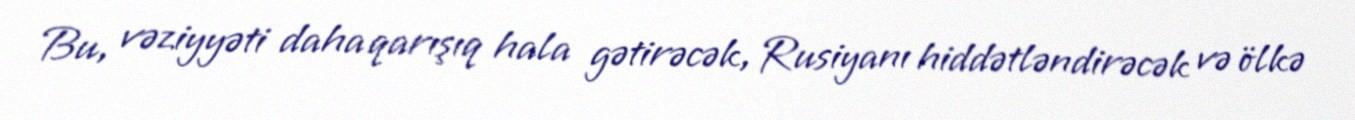
Bu, vəziyyəti daha qarışıq hala gətirəcək, Rusiyanı hiddətləndirəcək və ölkə